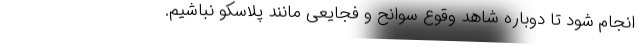
انجام شود تا دوباره شاهد وقوع سوانح و فجایعی مانند پلاسکو نباشیم.